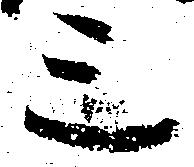
三